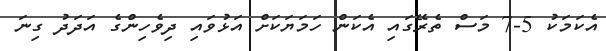
އެކަމަކު 5-7 މަސް ތެރޭގައި އެކަން ހަމަޔަކަށް އަޅުވައި ދިވެހިންގެ އަދަދު ގިނަ